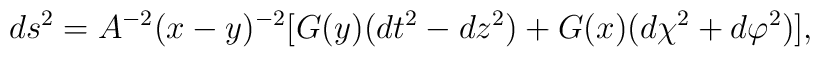
ds^2 = A^{-2}(x-y)^{-2}[ G(y)(dt^2 - dz^2) + G(x)(d\chi^2 +  d\varphi^2)],